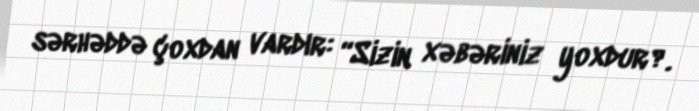
sərhəddə çoxdan vardır: “Sizin xəbəriniz yoxdur?.